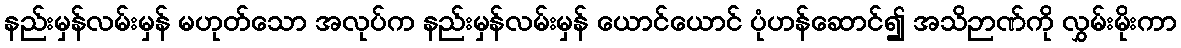
နည်းမှန်လမ်းမှန် မဟုတ်သော အလုပ်က နည်းမှန်လမ်းမှန် ယောင်ယောင် ပုံဟန်ဆောင်၍ အသိဉာဏ်ကို လွှမ်းမိုးကာ